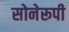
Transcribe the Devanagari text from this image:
सोनेरूपी